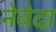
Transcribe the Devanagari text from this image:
नेवेदा